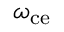
\omega _ { \mathrm { c e } }